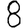
Digit: 8